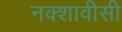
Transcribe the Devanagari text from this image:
नक्शावीसी